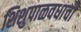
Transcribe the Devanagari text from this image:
शिशुपाळवधाची